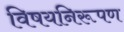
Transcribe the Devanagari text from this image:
विषयनिरूपण